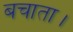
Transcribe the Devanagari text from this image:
बचाता।